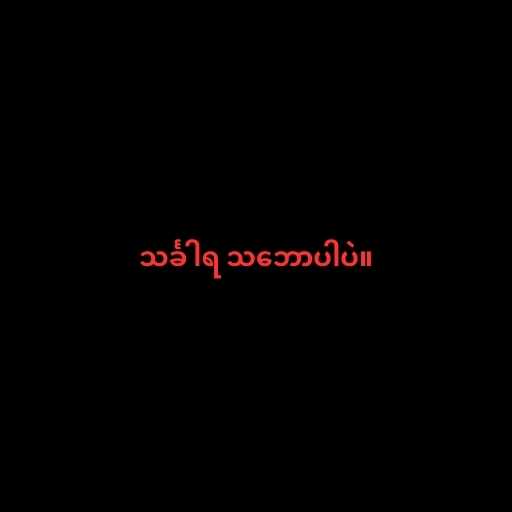
သင်္ခါရ သ‌ဘောပါပဲ။